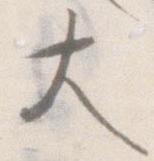
大